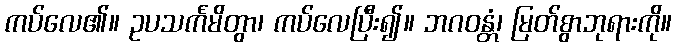
ကပ်လေ၏။ ဥပသင်္ကမိတွာ၊ ကပ်လေပြီး၍။ ဘဂဝန္တံ၊ မြတ်စွာဘုရားကို။